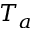
T _ { a }